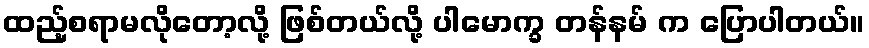
ထည့်စရာမလိုတော့လို့ ဖြစ်တယ်လို့ ပါမောက္ခ တန်နမ် က ပြောပါတယ်။